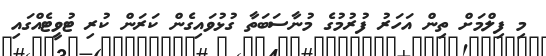
މި ފިލްމަށް ތިން އަހަރު ފުރުމުގެ މުނާސަބަތާ ގުޅުވައިގެން ކަރަން ކުރި ޓުވީޓެއްގައި